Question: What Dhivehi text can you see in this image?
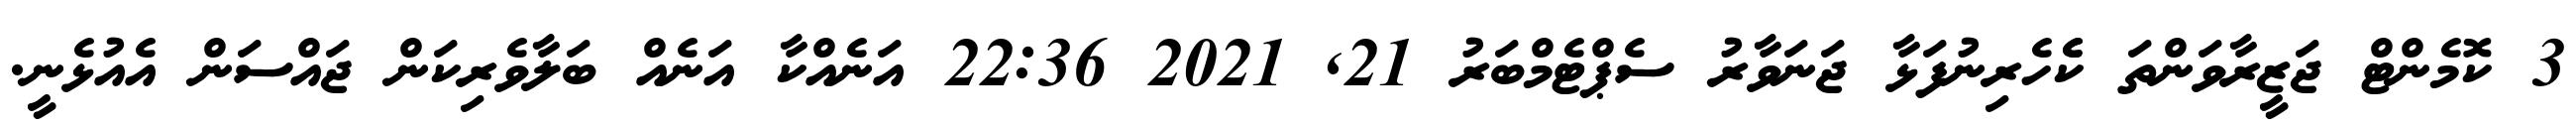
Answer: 3 ކޮމެންޓް ޖަޒީރާވަންތަ ކެެހެރިނުފަޅާ ޖަނަވާރު ސެޕްޓެމްބަރު 21, 2021 22:36 އަނެއްކާ އަނެއް ބަލާވެރިކަން ޖައްސަން އެއުޅެނީ.